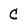
Character: c